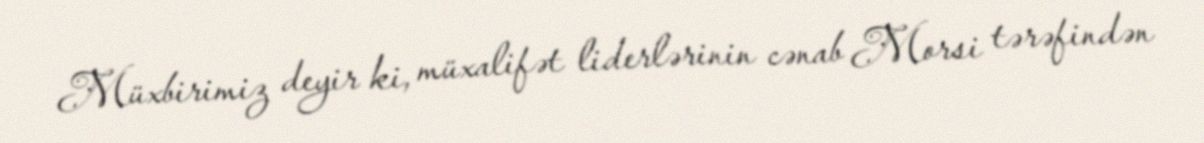
Müxbirimiz deyir ki, müxalifət liderlərinin cənab Morsi tərəfindən